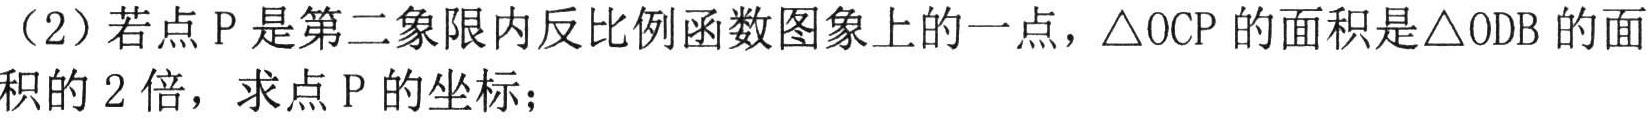
（2）若点\(P\)是第二象限内反比例函数图象上的一点，\(\triangle OCP\)的面积是\(\triangle ODB\)的面积的\(2\)倍，求点\(P\)的坐标；